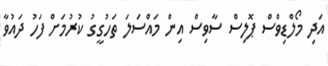
އަދި މޯލްޑިވްސް ޕޮލިސް ސާވިސް އިން މައްސަލަ ތަހުގީގު ކުރުމަށް ފަހު ދައުވާ